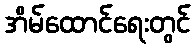
အိမ်ထောင်ရေးတွင်